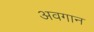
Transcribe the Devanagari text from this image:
अवगान